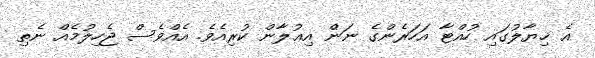
އެ ޚިޔާލުގައި ހުއްޓާ އަހަރެންގެ ނަން އިޢުލާން ކުރިއެވެ. އެއްވެސް ޖެހިލުމެއް ނެތި